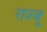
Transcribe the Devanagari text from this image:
राज्जू